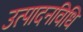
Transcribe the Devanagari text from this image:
उत्पादनविधि